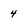
Character: 4